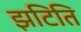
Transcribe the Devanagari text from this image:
झटिति